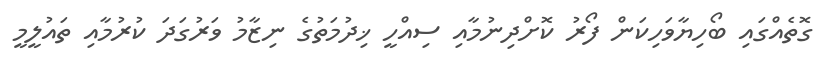
ގޮތެއްގައި ބޯހިޔާވަހިކަން ފޯރު ކޮށްދިނުމާއި ސިއްހީ ޚިދުމަތުގެ ނިޒާމު ވަރުގަދަ ކުރުމާއި ތައުލީމީ